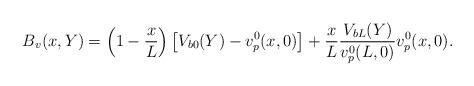
LaTeX: \begin{align*}B_v(x,Y)=\left(1-\frac{x}{L}\right)\left[V_{b0}(Y)-v^0_p(x,0)\right]+\frac{x}{L}\frac{V_{bL}(Y)}{v^0_p(L,0)}v^0_p(x,0).\end{align*}